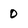
Character: 0